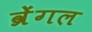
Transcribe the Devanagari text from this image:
व्रेंगल